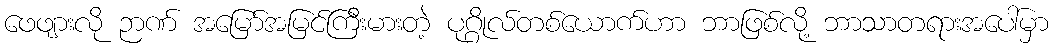
ဖေဖျားလို ဉာဏ် အမြော်အမြင်ကြီးမားတဲ့ ပုဂ္ဂိုလ်တစ်ယောက်ဟာ ဘာဖြစ်လို့ ဘာသာတရားအပေါ်မှာ